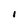
Character: I